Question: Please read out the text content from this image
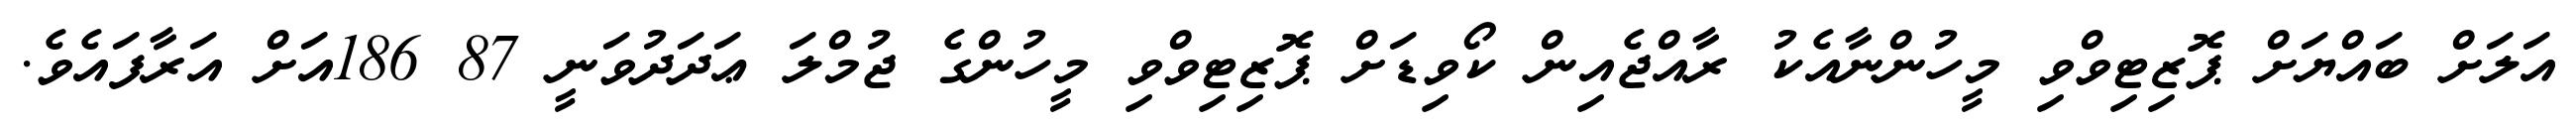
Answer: އަލަށް ބައްޔަށް ޕޮޒިޓިވްވި މީހުންނާއެކު ރާއްޖެއިން ކޯވިޑަށް ޕޮޒިޓިވްވި މީހުންގެ ޖުމްލަ ޢަދަދުވަނީ 87 186އަށް އަރާފައެވެ.